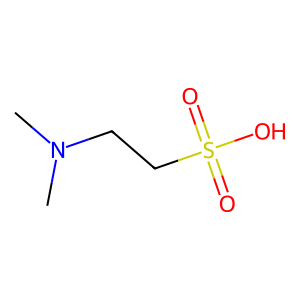
SMILES: CN(C)CCS(=O)(=O)O
Inhibits HIV replication: No